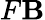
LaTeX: F\mathbf{B}